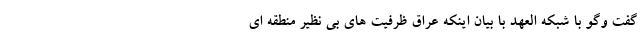
گفت وگو با شبکه العهد با بیان اینکه عراق ظرفیت های بی نظیر منطقه ای